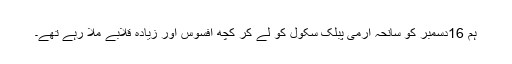
ہم 16دسمبر کو سانحہ آرمی پبلک سکول کو لے کر کچھ افسوس اور زیادہ قلابے ملا رہے تھے۔